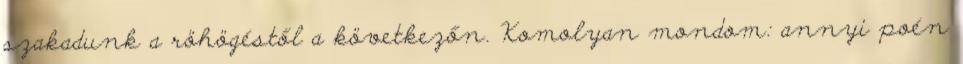
szakadunk a röhögéstől a következőn. Komolyan mondom: annyi poén